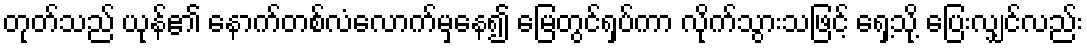
တုတ်သည် ယုန်၏ နောက်တစ်လံလောက်မှနေ၍ မြေတွင်ရှပ်ကာ လိုက်သွားသဖြင့် ရှေ့သို့ ပြေးလျှင်လည်း